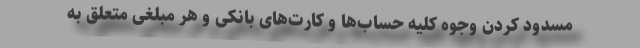
مسدود کردن وجوه کلیه حساب‌ها و کارت‌های بانکی و هر مبلغی متعلق به